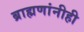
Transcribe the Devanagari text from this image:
ब्राह्मणांनीही